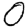
Digit: 0